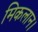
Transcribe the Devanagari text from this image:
मिकलान।